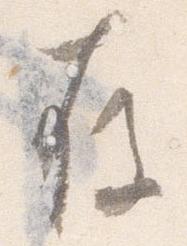
存